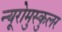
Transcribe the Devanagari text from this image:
न्यूरोमुस्कुलर